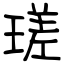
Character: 瑳